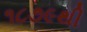
૧૮૭૯થી